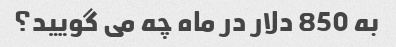
به 850 دلار در ماه چه می گویید؟